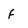
Character: F